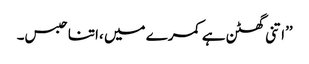
’’اتنی گھٹن ہے کمرے میں ،اتنا حبس۔